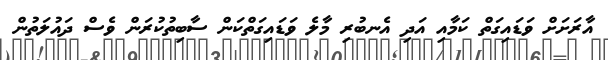
އާރަށަށް ވަޑައިގަތް ކަމާއި އަދި އެނބުރި މާލެ ވަޑައިގަތްކަން ސާބިތުކުރަން ވެސް ދައުލަތުން